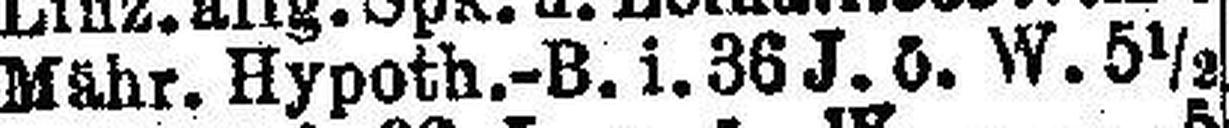
Mähr. Hypoth.-B. i. 36 J. ö. W. 5 ½